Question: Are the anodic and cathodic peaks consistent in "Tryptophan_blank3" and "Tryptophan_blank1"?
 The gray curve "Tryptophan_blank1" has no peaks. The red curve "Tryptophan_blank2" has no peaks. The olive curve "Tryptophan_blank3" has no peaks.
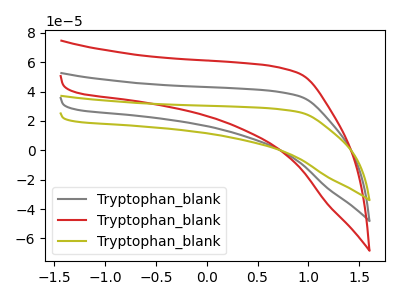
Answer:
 <answer>Niether CV has any peaks.</answer>
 <eval>blanks</eval>